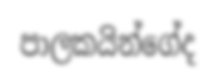
පාලකයින්ගේද